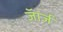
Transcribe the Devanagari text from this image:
जॅार्ज